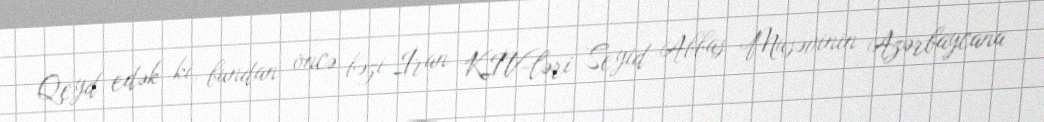
Qeyd edək ki, bundan öncə bəzi İran KİV-ləri Seyid Abbas Musəvinin Azərbaycana